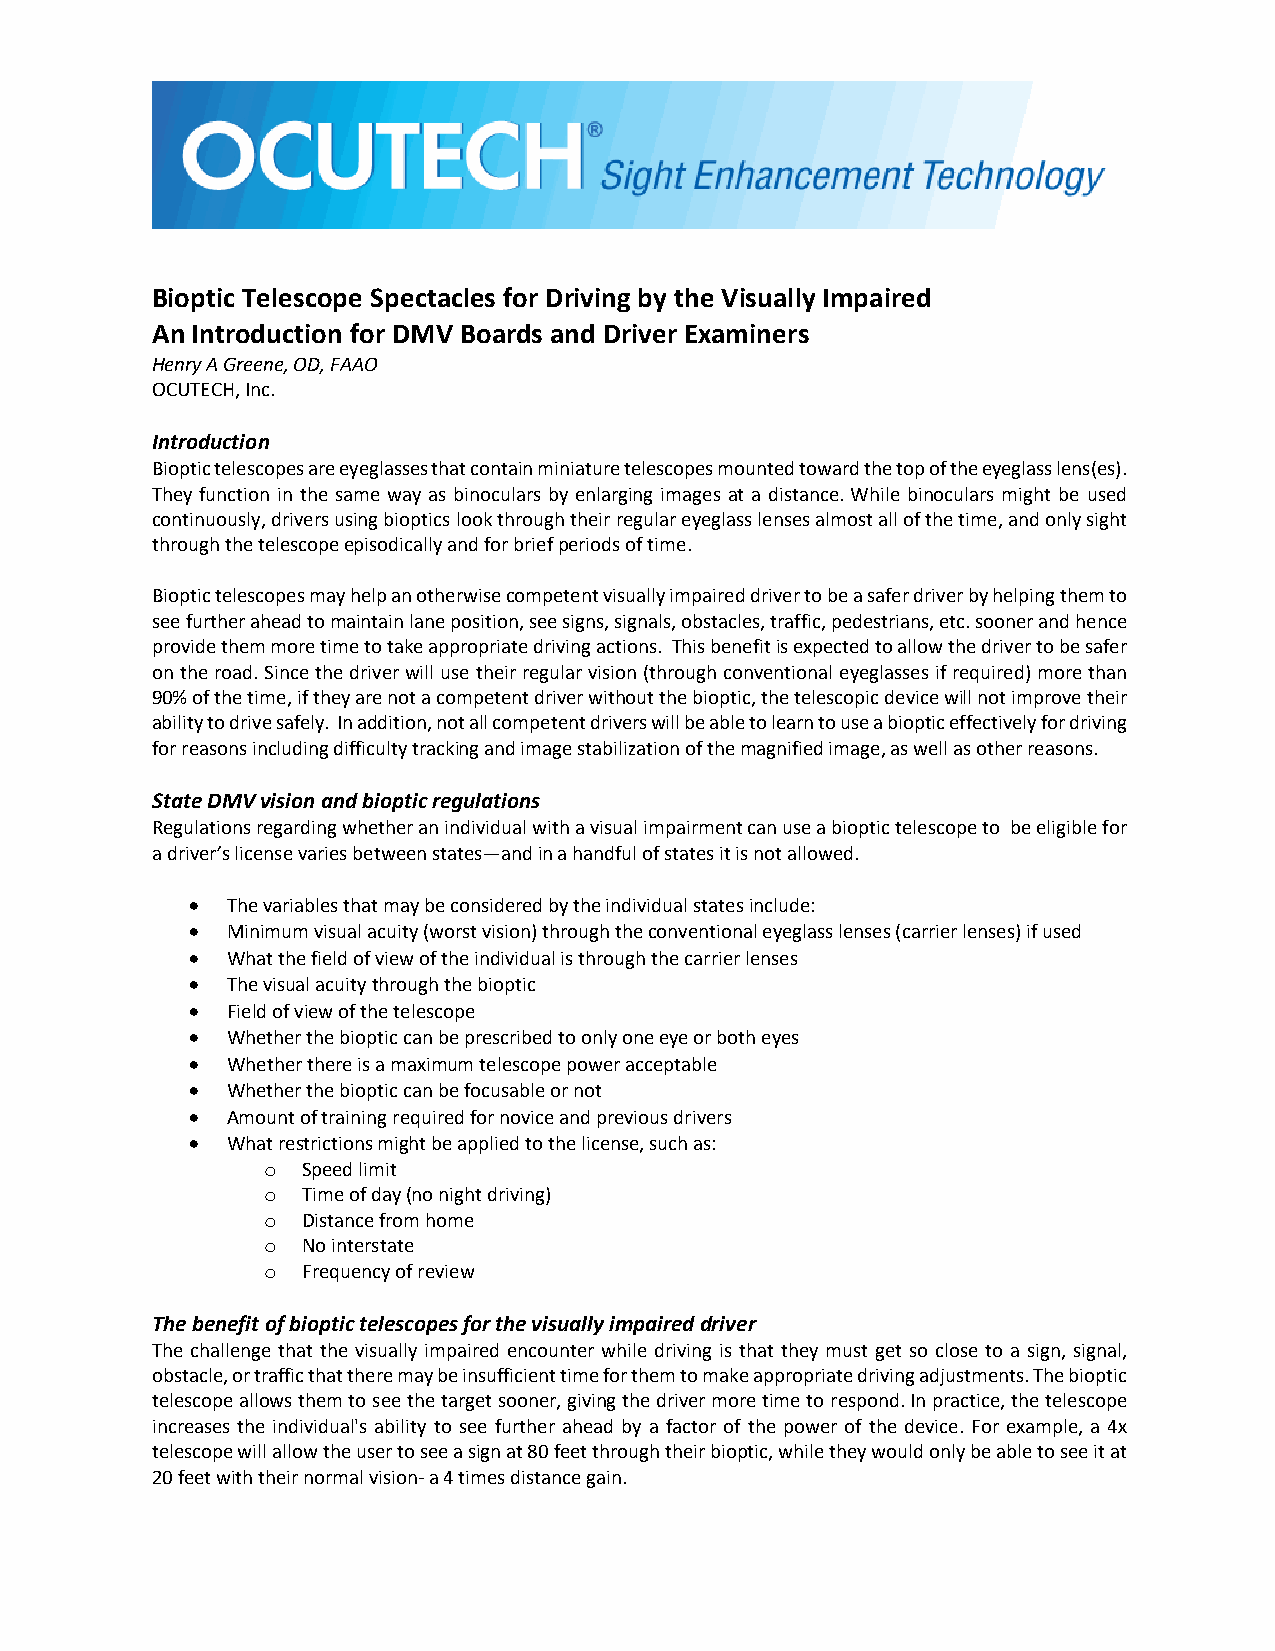
Bioptic Telescope Spectacles for Driving by the Visually Impaired
 An Introduction for DMV Boards and Driver Examiners
 Henry A Greene, OD, FAAO
 OCUTECH, Inc.
 Introduction
 Bioptic telescopes are eyeglasses that contain miniature telescopes mounted toward the top of the eyeglass lens(es).
 They function in the same way as binoculars by enlarging images at a distance. While binoculars might be used
 continuously, drivers using bioptics look through their regular eyeglass lenses almost all of the time, and only sight
 through the telescope episodically and for brief periods of time.
 Bioptic telescopes may help an otherwise competent visually impaired driver to be a safer driver by helping them to
 see further ahead to maintain lane position, see signs, signals, obstacles, traffic, pedestrians, etc. sooner and hence
 provide them more time to take appropriate driving actions. This benefit is expected to allow the driver to be safer
 on the road. Since the driver will use their regular vision (through conventional eyeglasses if required) more than
 90% of the time, if they are not a competent driver without the bioptic, the telescopic device will not improve their
 ability to drive safely. In addition, not all competent drivers will be able to learn to use a bioptic effectively for driving
 for reasons including difficulty tracking and image stabilization of the magnified image, as well as other reasons.
 State DMV vision and bioptic regulations
 Regulations regarding whether an individual with a visual impairment can use a bioptic telescope to be eligible for
 a driver’s license varies between states—and in a handful of states it is not allowed.
 • The variables that may be considered by the individual states include:
 • Minimum visual acuity (worst vision) through the conventional eyeglass lenses (carrier lenses) if used
 • What the field of view of the individual is through the carrier lenses
 • The visual acuity through the bioptic
 • Field of view of the telescope
 • Whether the bioptic can be prescribed to only one eye or both eyes
 • Whether there is a maximum telescope power acceptable
 • Whether the bioptic can be focusable or not
 • Amount of training required for novice and previous drivers
 • What restrictions might be applied to the license, such as:
 o Speed limit
 o Time of day (no night driving)
 o Distance from home
 o No interstate
 o Frequency of review
 The benefit of bioptic telescopes for the visually impaired driver
 The challenge that the visually impaired encounter while driving is that they must get so close to a sign, signal,
 obstacle, or traffic that there may be insufficient time for them to make appropriate driving adjustments. The bioptic
 telescope allows them to see the target sooner, giving the driver more time to respond. In practice, the telescope
 increases the individual's ability to see further ahead by a factor of the power of the device. For example, a 4x
 telescope will allow the user to see a sign at 80 feet through their bioptic, while they would only be able to see it at
 20 feet with their normal vision- a 4 times distance gain.